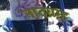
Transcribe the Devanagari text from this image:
नादब्रम्ह